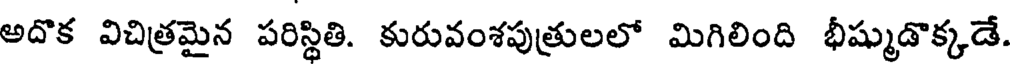
అదొక విచిత్రమైన పరిస్థితి. కురువంశపుత్రులలో మిగిలింది భీష్ముడొక్కడే.